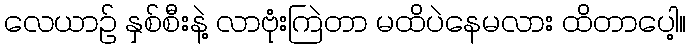
လေယာဉ် နှစ်စီးနဲ့ လာဗုံးကြဲတာ မထိပဲနေမလား ထိတာပေါ့။